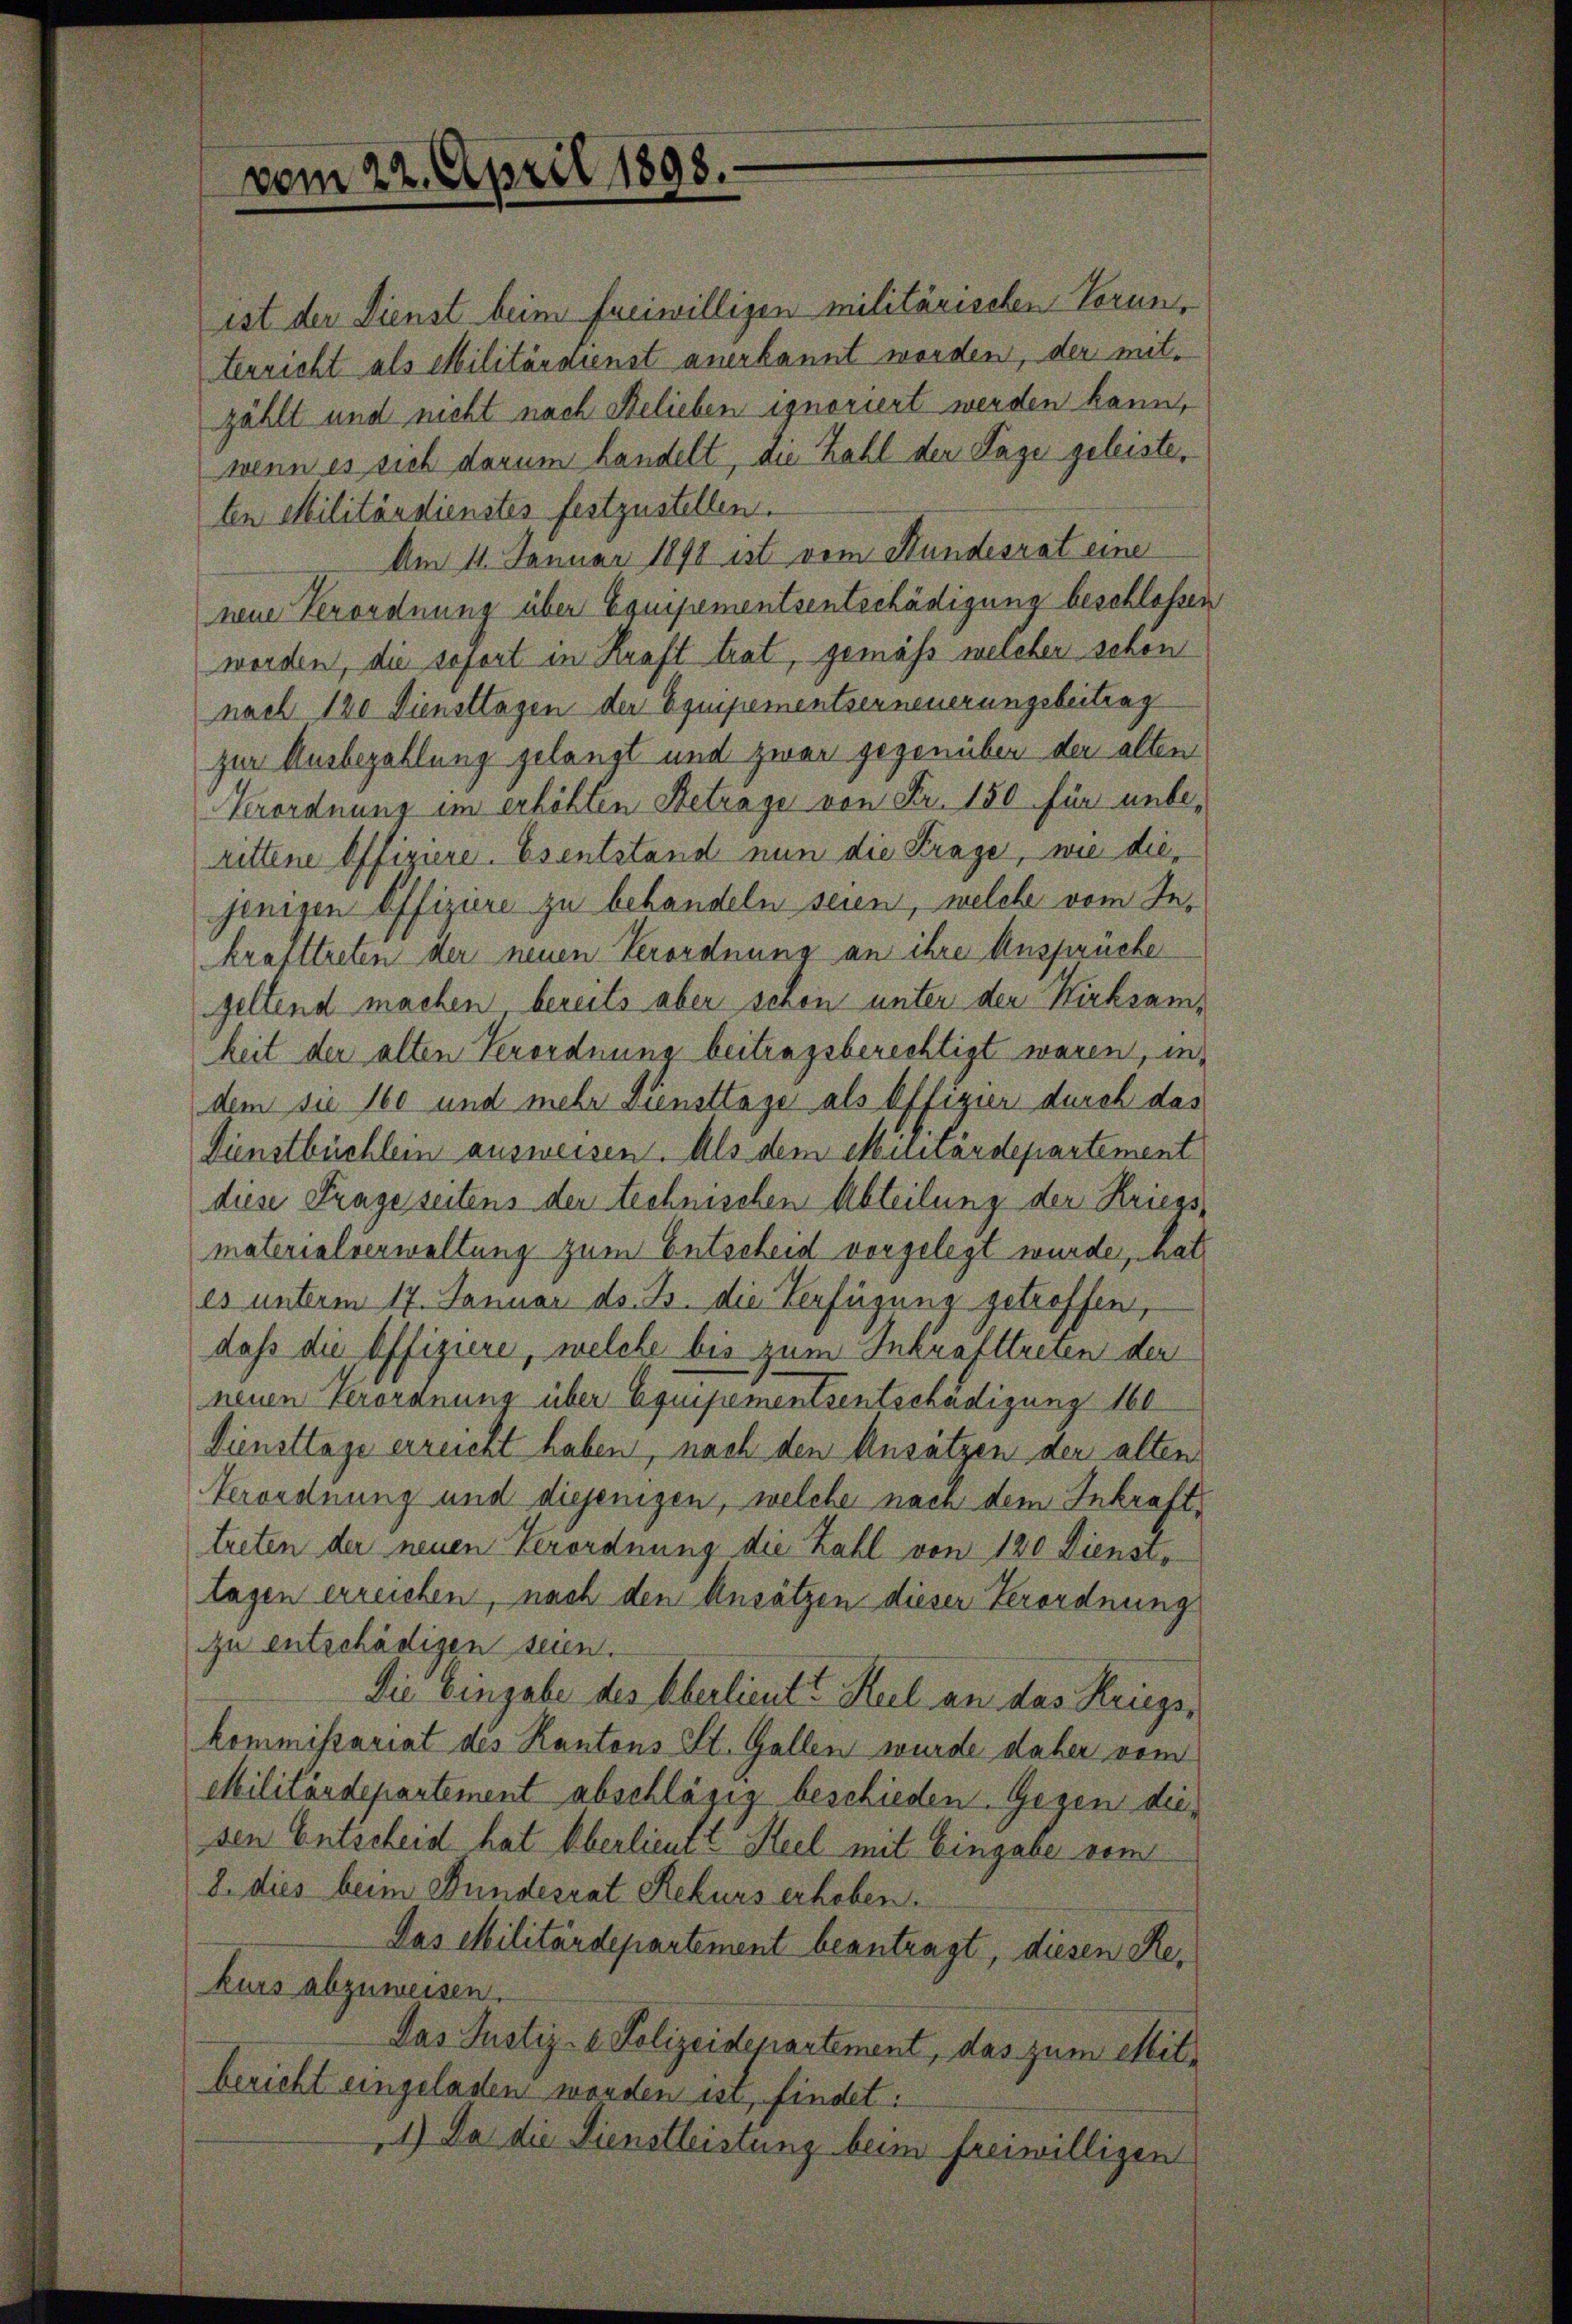
vom 22. April 1898.

ist der Dienst beim freiwilligen militärischen Vorunt
terricht als Militärdienst anerkannt worden, der mitzählt und nicht nach Belieben ignoriert werden kann,
wenn es sich darum handelt, die Zahl den Tage geleiste,
ten Militärdienstes festzustellen.
Am 11. Januar 1898 ist vom Hundesrat eine
nene Verordnung über Equipementsentschädigung beschloßen
worden, die sofort in Kraft trat, gemäß welcher schon
nach 120 Diensttagen der Equipementserneuerungsbeitrag
zur Ausbezahlung gelangt und zwar gegenüber der alten
Verordnung im erhöhten Betrage von Fr. 150 für unberittene Offiziere. Es entstand nun die Frage, wie diejenigen Offiziere zu behandeln seien, welche vom Inkrafttreten der neuen Verordnung an ihre Ansprüche
geltend machen bereits aber schon unter der Kirksamkeit der alten Verordnung beitragsberechtigt waren, in
dem sie 160 und mehr viensttage als Offizier durch das
Dienstbüchlein ausweisen. Als dem Munardepartement
diese Frage seitens der technischen Abteilung der Kriegs-
materialverwaltung zum Entscheid vorgelegt wurde, hat
es unterm 17. Januar ds. B. die Verfügung getroffen,
daß die Offiziere, welche bis zum Inkrafttreten der
neuen Verordnung über Equipementsentschädigung 160
Diensttage erreicht haben, nach den Ansätzen der alten
Verordnung und diejenigen, welche nach dem Inkrafttreten der neuen Verordnung die Zahl von 120 Dienst,
lagen erreichen, nach den Ansätzen dieser Verordnung
zu entschädigen seien.
Die Eingabe des Überlieut. Keil an das Kriegskommissariat des Kantons St. Gallen wurde daher vom
Militärdepartement abschläsig beschieden. Gegen diesen Entscheid hat Oberlieu - Seel mit Eingabe vom
8. dies beim Bundesrat Rekurs erhoben.
Das Militärdepartement beantragt, diesen Rekurs abzuweisen.
Das Justiz- & Polizeidepartement, das zum Mitbericht eingeladen worden ist, findet:
1.) Da die Dienstleistung beim freiwilligen